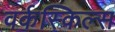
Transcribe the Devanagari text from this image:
वर्कस्किल्स